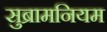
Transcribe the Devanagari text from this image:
सुब्रामनियम